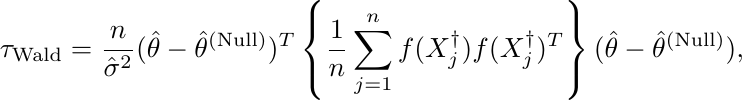
\begin{align*}
\tau_{\text{Wald}} = \frac{n}{\hat{\sigma}^2}(\hat{\theta}-\hat{\theta}^{\text{(Null)}})^T\left\{\frac{1}{n}\sum_{j=1}^nf(X^{\dagger}_j)f(X^{\dagger}_j)^T\right\}(\hat{\theta}-\hat{\theta}^\text{(Null)}),
\end{align*}